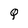
Character: Q